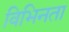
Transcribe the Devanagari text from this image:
विभिनता